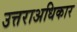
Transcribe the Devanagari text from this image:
उत्तराअधिकार